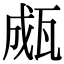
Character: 㼩